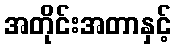
အတိုင်းအတာနှင့်